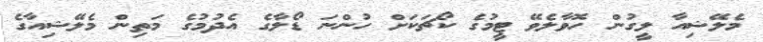
މެލޭޝިއާ ލީގުން ހޮވާލެވޭ ޓީމުގެ ކޯޗަކަށް ހުންނަ ޑޯލާގެ އެދުމުގެ މަތިން މެލޭޝިއާގެ